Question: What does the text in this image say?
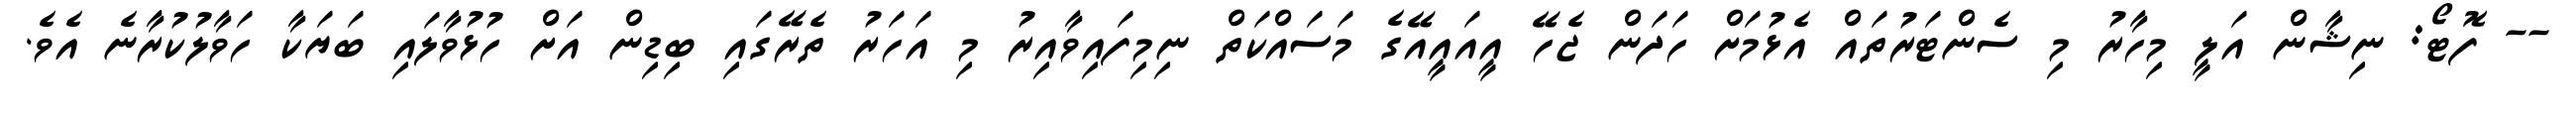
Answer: -- ފޮޓޯ: ނިޝާން އަލީ މިހާރު މި ސެންޓަރުތައް އެޅުމަށް ހަދަން ޖެހޭ އީއައީއޭގެ މަސައްކަތް ނިމިފައިވާއިރު މި އަހަރު ތެރޭގައި ބިޑިން އަށް ހުޅުވާލައި ބަޔަކާ ހަވާލުކުރާނެ އެވެ.